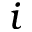
i